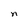
Character: n